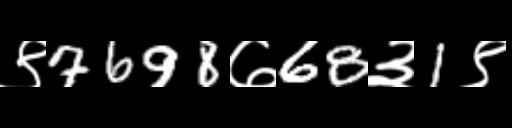
Text: ९7698७68३1९